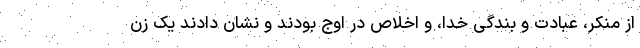
از منکر، عبادت و بندگی خدا، و اخلاص در اوج بودند و نشان دادند یک زن